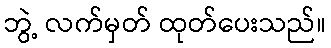
ဘွဲ့ လက်မှတ် ထုတ်ပေးသည်။